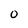
Character: 0